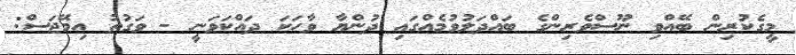
މީގެކުރިން ބޭއްވި ނޫސްވެރިންގެ ބައްދަލުވުމެއްގައި ދުންޔާ ވާހަކަ ދައްކަވަނީ - ވަގުތު އިމޭޖަސް: